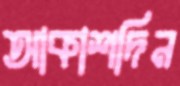
আকাশদিন